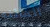
الفائته